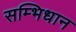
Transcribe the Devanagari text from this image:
सम्भिधान